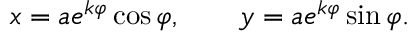
x = a e ^ { k \varphi } \cos \varphi , \qquad y = a e ^ { k \varphi } \sin \varphi .